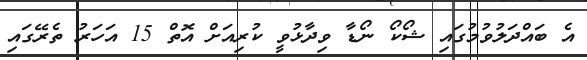
އެ ބައްދަލުވުމުގައި ޝޯކޯ ނޯޑާ ވިދާޅުވީ ކުރިއަށް އޮތް 15 އަހަރު ތެރޭގައި